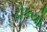
ટોકયો